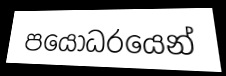
පයෝධරයෙන්